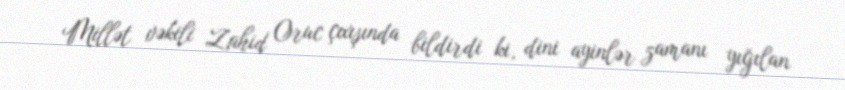
Millət vəkili Zahid Oruc çıxışında bildirdi ki, dini ayinlər zamanı yığılan